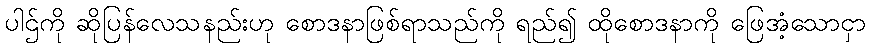
ပါဌ်ကို ဆိုပြန်လေသနည်းဟု စောဒနာဖြစ်ရာသည်ကို ရည်၍ ထိုစောဒနာကို ဖြေအံ့သောငှာ